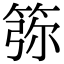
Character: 𥮜